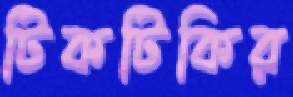
টিকটিকির